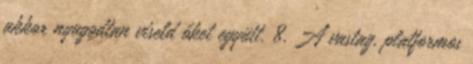
akkor nyugodtan viseld őket együtt. 8. A vastag, platformos